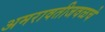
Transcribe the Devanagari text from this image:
अमरावतीजवळचे